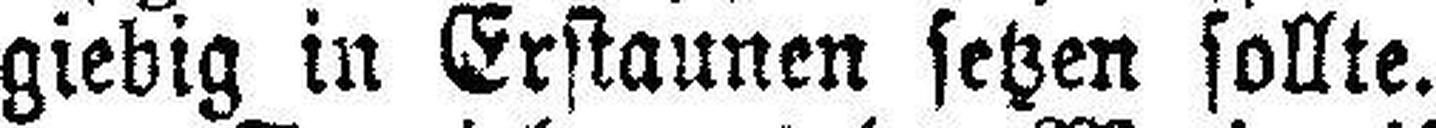
giebig in Erstaunen setzen sollte.